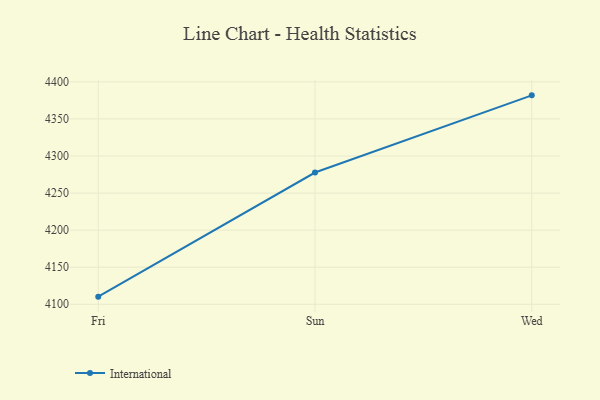
{"axis": {"x": "Day", "y": "Latency (ms)"}, "legend": ["International"], "data": [{"x": "Fri", "y": 4110.3, "type": "International"}, {"x": "Sun", "y": 4277.7, "type": "International"}, {"x": "Wed", "y": 4381.8, "type": "International"}]}